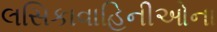
લસિકાવાહિનીઓના